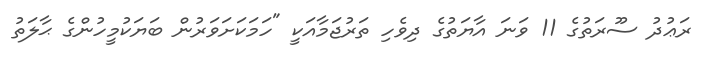
ރަޢުދު ސޫރަތުގެ 11 ވަނަ އާޔަތުގެ ދިވެހި ތަރުޖަމާއަކީ "ހަމަކަށަވަރުން ބަޔަކުމީހުންގެ ޙާލަތު